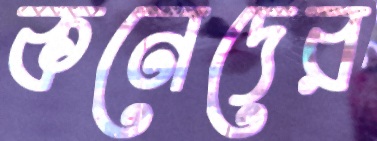
কনেদের